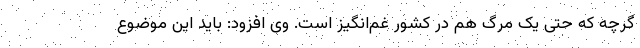
گرچه که حتی یک مرگ هم در کشور غم‌انگیز است. وی افزود: باید این موضوع